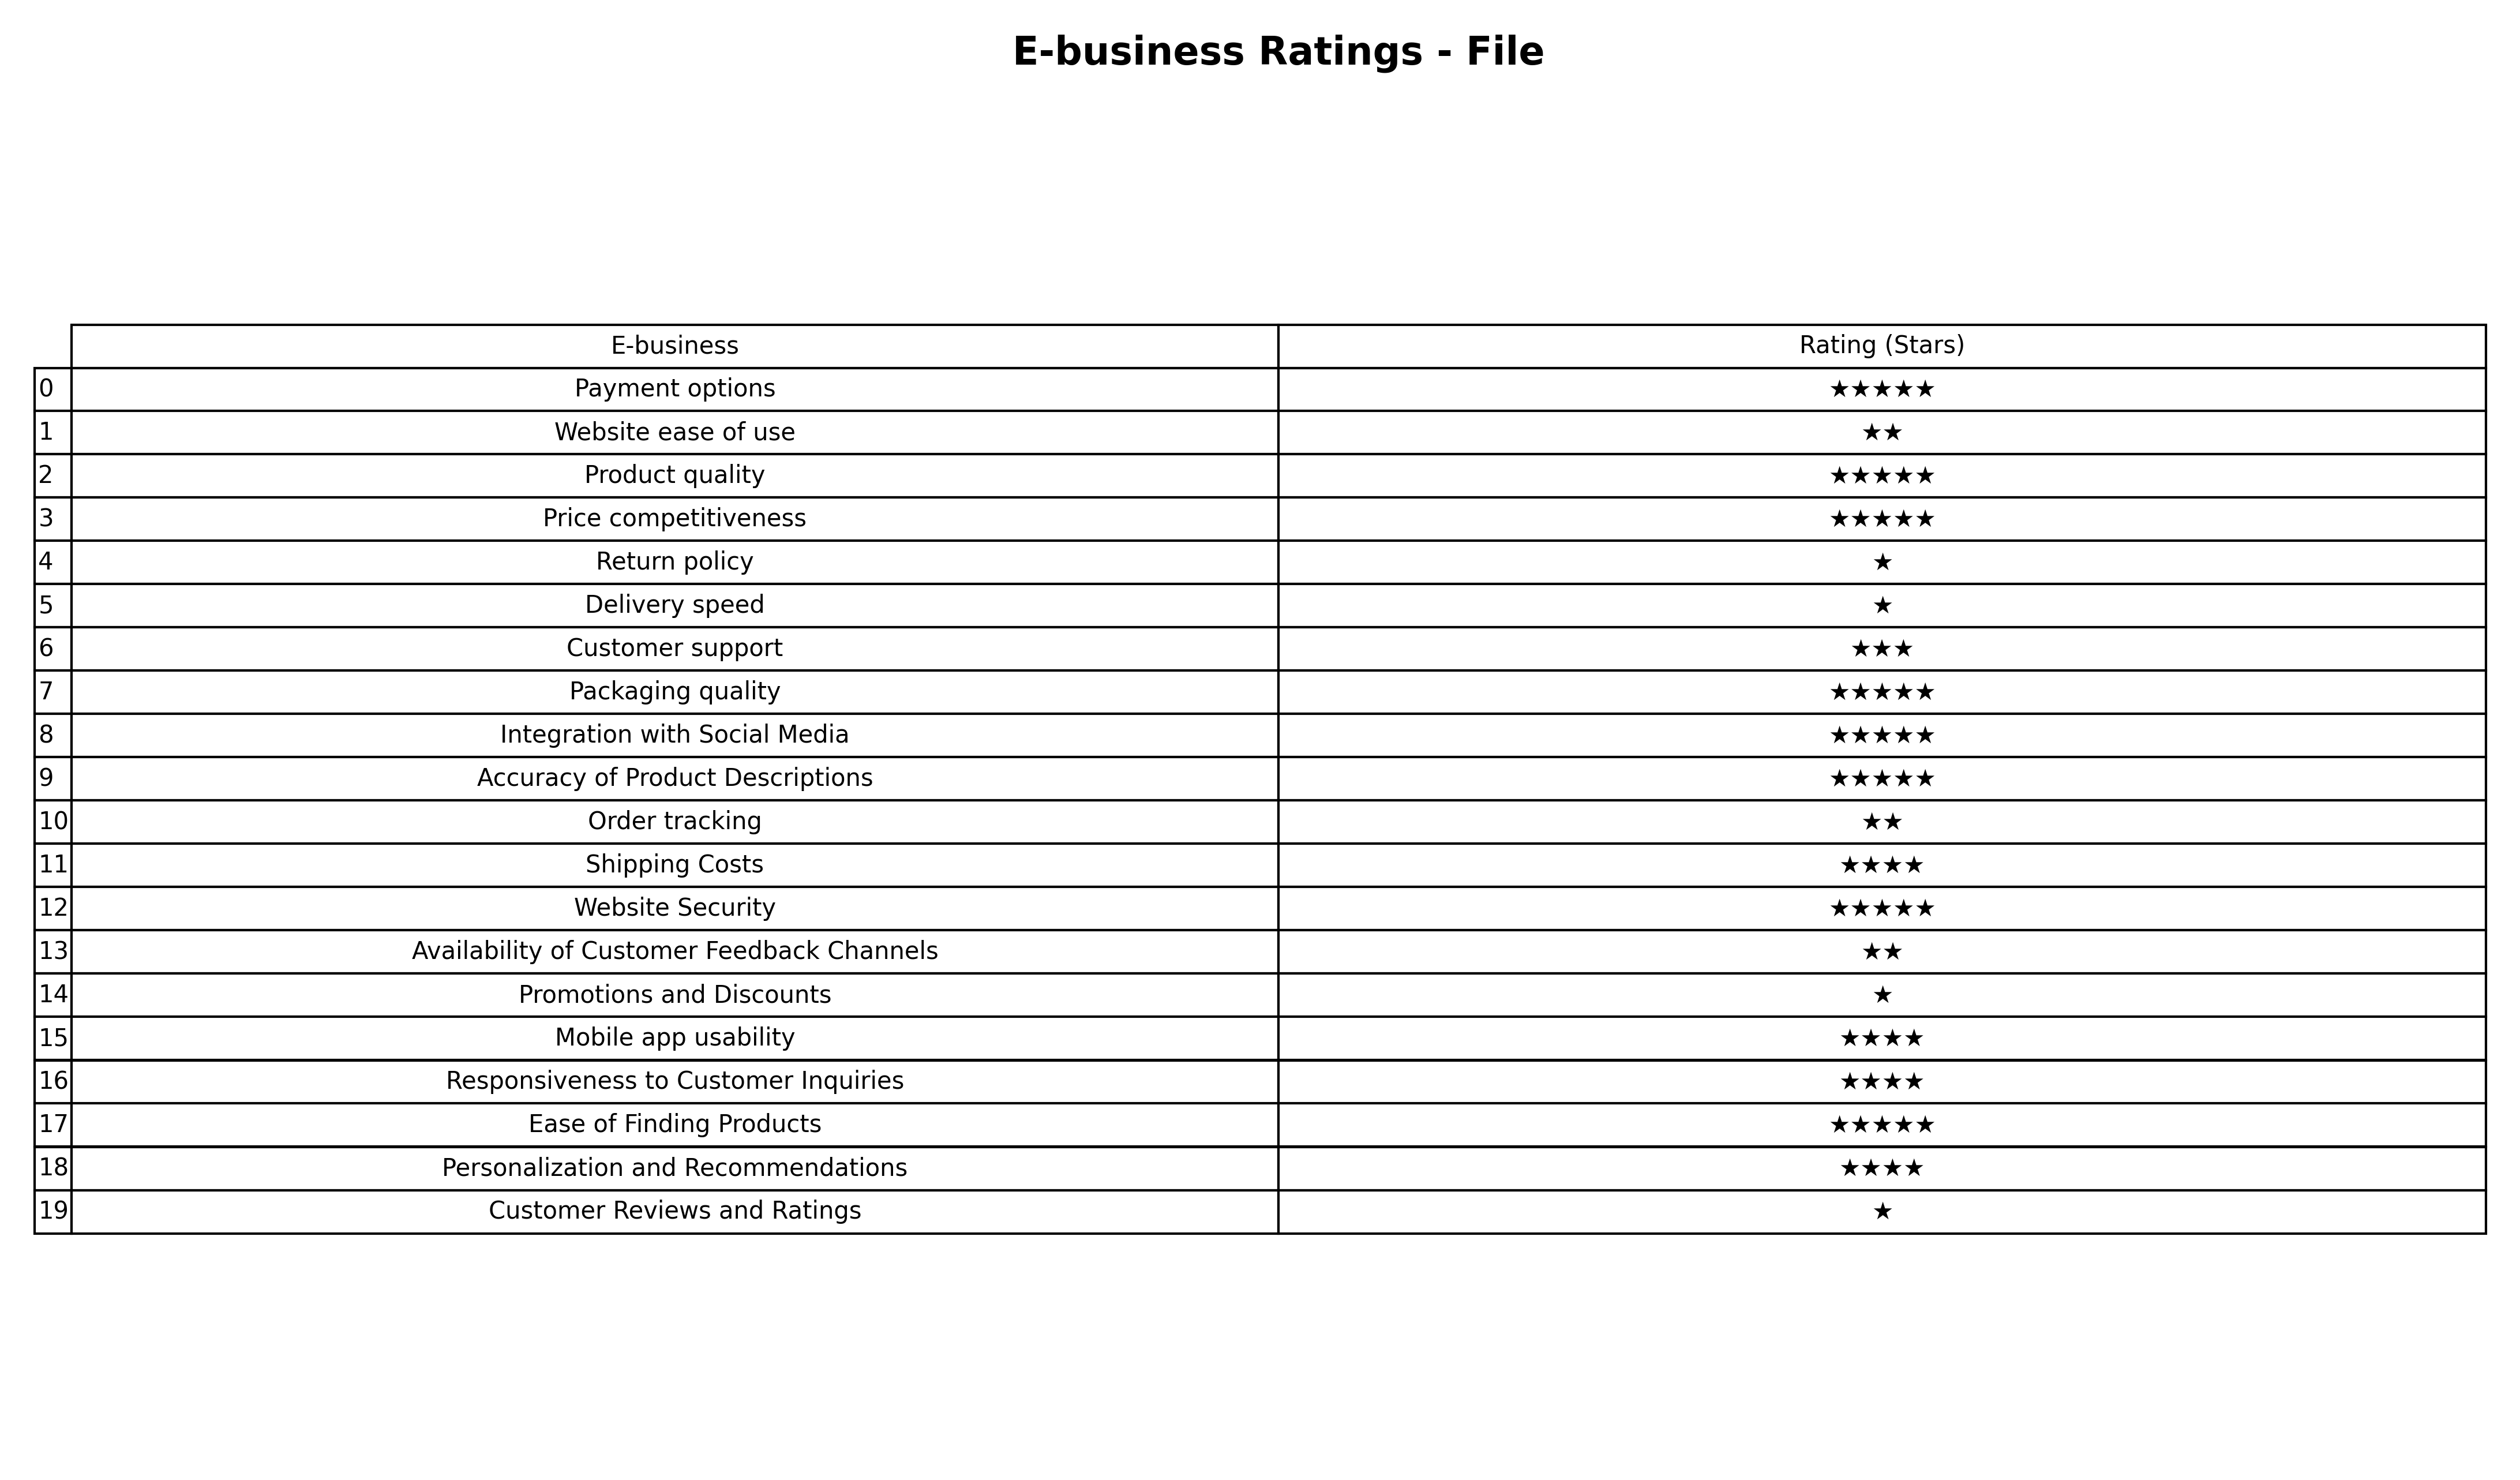
question: What is the rating of Promotions and Discounts?
answer: ★